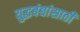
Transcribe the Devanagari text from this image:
युद्धबंद्यांसाठी